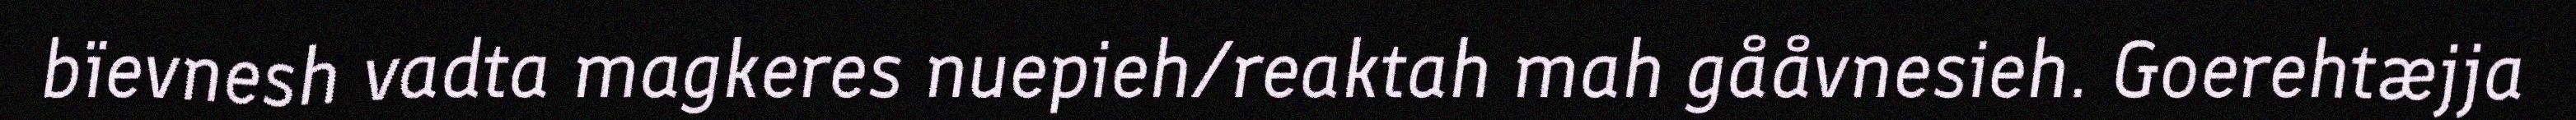
bïevnesh vadta magkeres nuepieh/reaktah mah gååvnesieh. Goerehtæjja